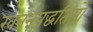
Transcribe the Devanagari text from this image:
खननपद्धतियों